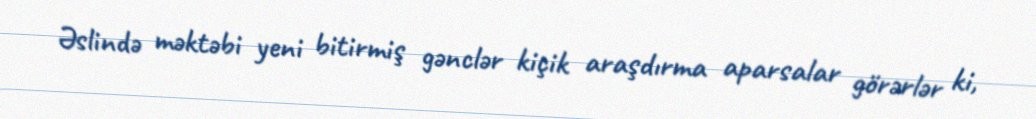
Əslində məktəbi yeni bitirmiş gənclər kiçik araşdırma aparsalar görərlər ki,